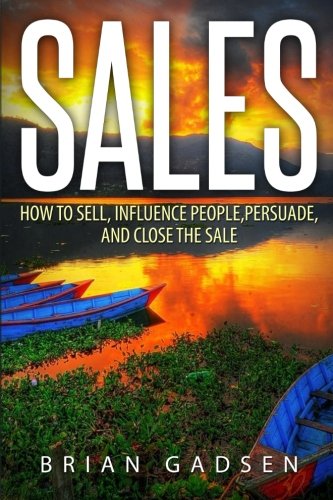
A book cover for Sales: How To Sell, Influence People, Persuade, and Close The Sale; Brian Gadsen; Business & Money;